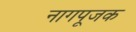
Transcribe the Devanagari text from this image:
नागपूजक